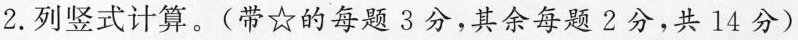
2.列竖式计算。(带☆的每题3分，其余每题2分，共14分)